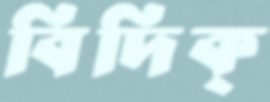
বিদিক্‌